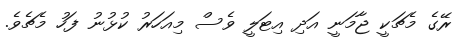
ރޭގެ މެޗަކީ ޖާމަނީ އަދި އިޓަލީ ވެސް މިއަހަރު ކުޅުނު ފަހު މެޗެވެ.